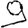
Digit: 9